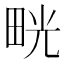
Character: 𤱳